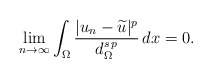
\begin{align*}\lim_{n\to\infty} \int_\Omega \frac{|u_n-\widetilde u|^p}{d_\Omega^{s\,p}}\,dx=0.\end{align*}